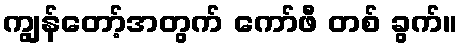
ကျွန်တော့်အတွက် ကော်ဖီ တစ် ခွက်။